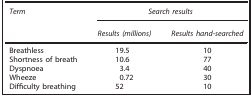
| Term | <COLSPAN=2> Search results |
 |  | Results (millions) | Results hand-searched |
 | --- | --- | --- |
 | Breathless | 19.5 | 10 |
 | Shortness of breath | 10.6 | 77 |
 | Dyspnoea | 3.4 | 40 |
 | Wheeze | 0.72 | 30 |
 | Difficulty breathing | 52 | 10 |